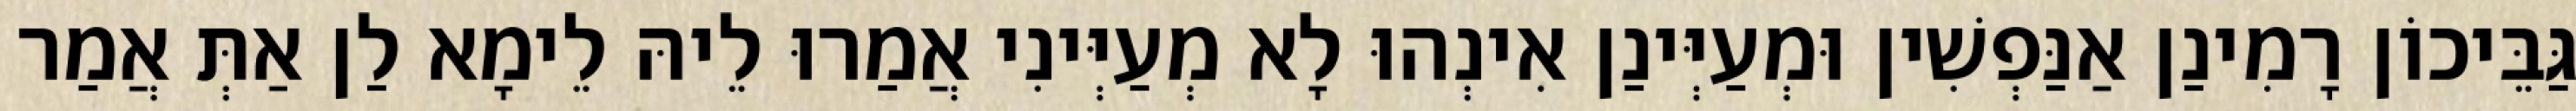
גַּבֵּיכוֹן רָמִינַן אַנַּפְשִׁין וּמְעַיְּינַן אִינְהוּ לָא מְעַיְּינִי אֲמַרוּ לֵיהּ לֵימָא לַן אַתְּ אֲמַר